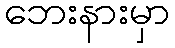
ဘေးနားမှာ